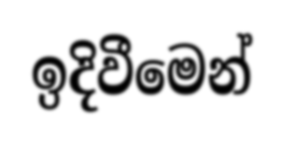
ඉදිවීමෙන්